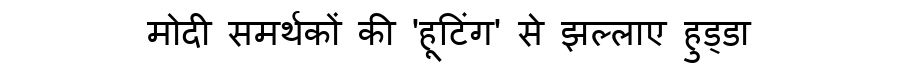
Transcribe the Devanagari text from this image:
मोदी समर्थकों की 'हूटिंग' से झल्लाए हुड्डा